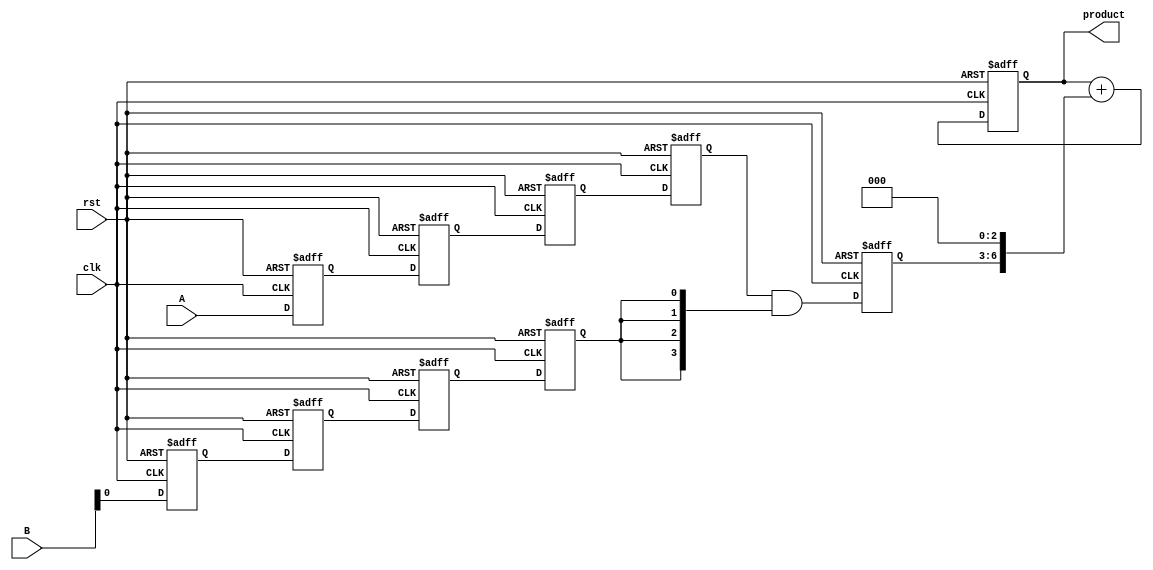
module systolic_multiplier #(
    parameter WIDTH = 4, // Bit-width of the inputs
    parameter PEs = 4    // Number of processing elements
)(
    input wire clk,
    input wire rst,
    input wire [WIDTH-1:0] A,
    input wire [WIDTH-1:0] B,
    output reg [2*WIDTH-1:0] product
);

    reg [WIDTH-1:0] partial_product [0:PEs-1]; // Holds partial products
    reg [WIDTH-1:0] A_reg [0:PEs-1]; // Shifted A values
    reg [WIDTH-1:0] B_reg [0:PEs-1]; // Shifted B values

    integer i;

    // State to hold the current product
    always @(posedge clk or posedge rst) begin
        if (rst) begin
            product <= 0;
            // Reset the registers
            for (i = 0; i < PEs; i = i + 1) begin
                A_reg[i] <= 0;
                B_reg[i] <= 0;
                partial_product[i] <= 0;
            end
        end else begin
            // Shift A and B through the array
            for (i = PEs-1; i > 0; i = i - 1) begin
                A_reg[i] <= A_reg[i-1];
                B_reg[i] <= B_reg[i-1];
            end
            
            // Load inputs into the first PE
            A_reg[0] <= A;
            B_reg[0] <= B;

            // Compute partial products in the first PE
            partial_product[0] <= A_reg[0] & {WIDTH{B_reg[0][0]}}; // First bit multiplication

            // Perform multiplication through the array of PEs
            for (i = 1; i < PEs; i = i + 1) begin
                partial_product[i] <= A_reg[i] & {WIDTH{B_reg[i][0]}}; // Shifted multiplication
            end
            
            // Accumulate the partial products to form the final product
            product <= 0; // Initialize product
            
            for (i = 0; i < PEs; i = i + 1) begin
                product <= product + (partial_product[i] << i); // Shift and add
            end
        end
    end

endmodule